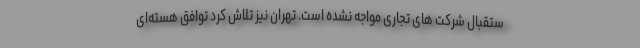
ستقبال شرکت های تجاری مواجه نشده است. تهران نیز تلاش کرد توافق هسته‌ای